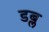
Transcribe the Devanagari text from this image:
डब्ल